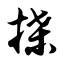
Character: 揲